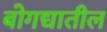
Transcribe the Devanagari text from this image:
बोगद्यातील